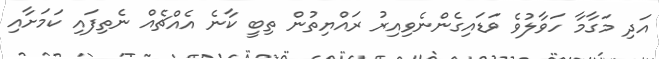
އަދި މަގާމާ ހަވާލުވެ ވަޑައިގެންނެވިއިރު ރައްޔިތުން ތިބީ ކާނެ އެއްޗެއް ނެތިފައި ކަމަށާއި